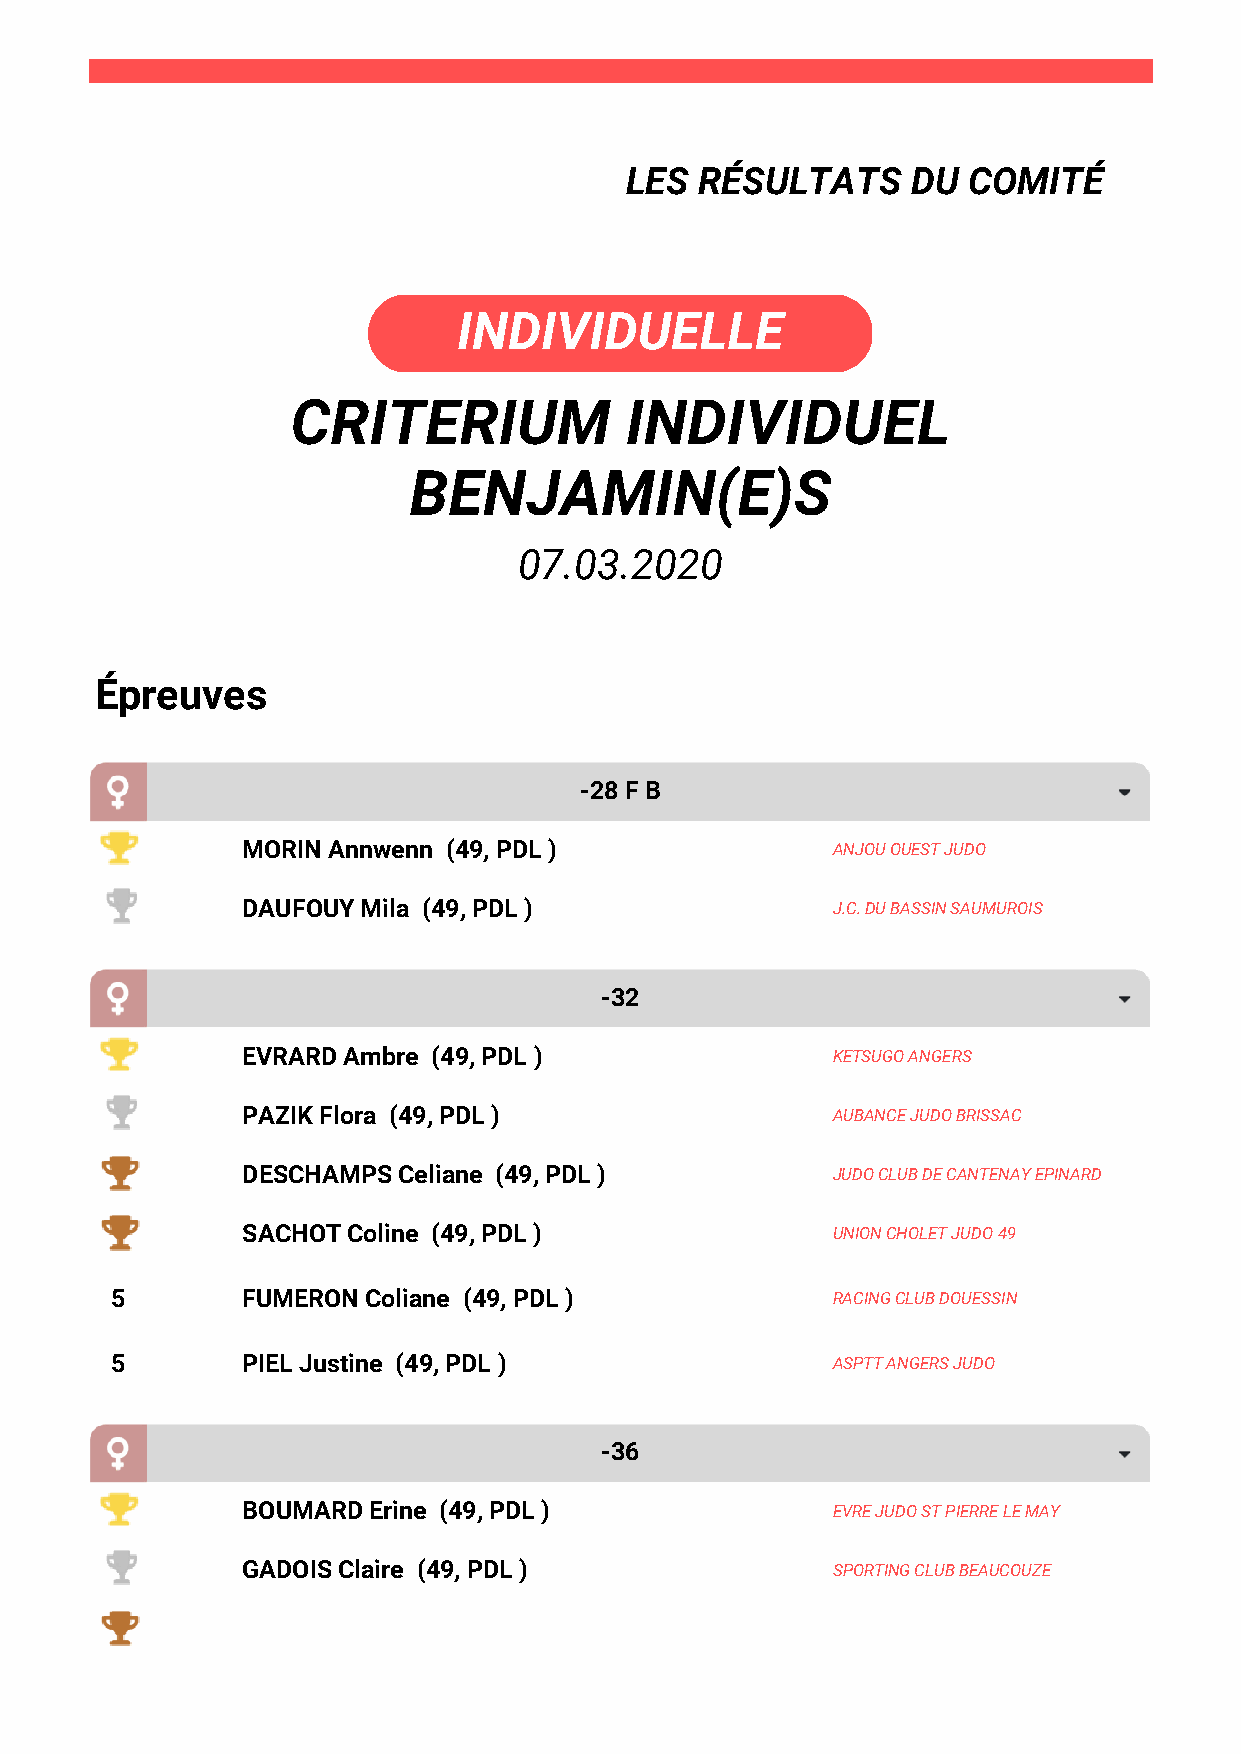
LES  RÉSULTATS     DU  COMITÉ
 INDIVIDUELLE
 CRITERIUM             INDIVIDUEL
 BENJAMIN(E)S
 07.03.2020
 Épreuves
 -28 F B
 MORIN Annwenn (49, PDL )               ANJOU OUEST JUDO
 DAUFOUY Mila (49, PDL )                J.C. DU BASSIN SAUMUROIS
 -32
 EVRARD Ambre (49, PDL )                KETSUGO ANGERS
 PAZIK Flora (49, PDL )                 AUBANCE JUDO BRISSAC
 DESCHAMPS Celiane (49, PDL )           JUDO CLUB DE CANTENAY EPINARD
 SACHOT Coline (49, PDL )               UNION CHOLET JUDO 49
 5        FUMERON Coliane (49, PDL )             RACING CLUB DOUESSIN
 5        PIEL Justine (49, PDL )                ASPTT ANGERS JUDO
 -36
 BOUMARD Erine (49, PDL )               EVRE JUDO ST PIERRE LE MAY
 GADOIS Claire (49, PDL )               SPORTING CLUB BEAUCOUZE